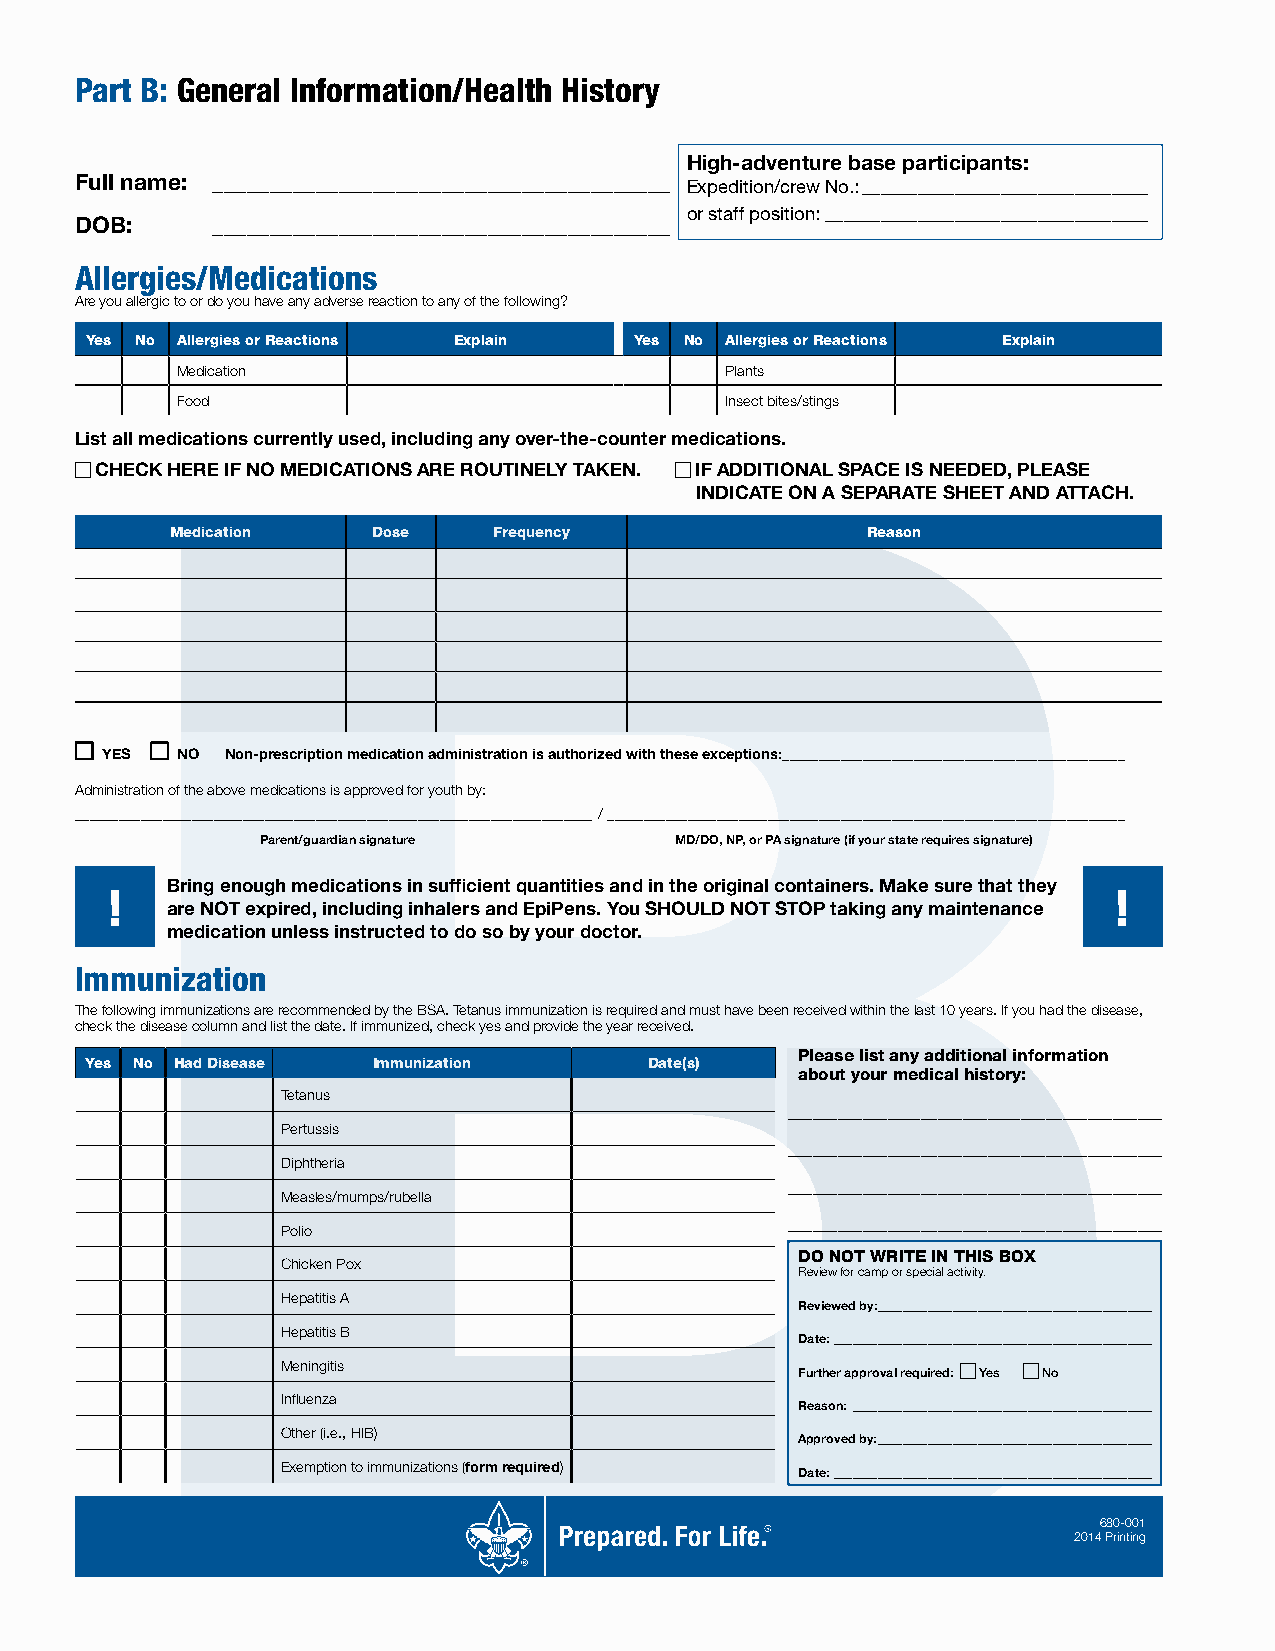
Part B: General Information/Health History
 High-adventure base participants:
 Full name: ________________________________________
 Expedition/crew No.: _______________________________
 or staff position: ___________________________________
 DOB:     ________________________________________
 Allergies/Medications
 Are you allergic to or do you have any adverse reaction to any of the following?
 Yes No Allergies or Reactions Explain Yes No Allergies or Reactions Explain
 Medication                          Plants
 Food                                Insect bites/stings
 List all medications currently used, including any over-the-counter medications.
 CHECK HERE IF NO MEDICATIONS ARE ROUTINELY TAKEN. IF ADDITIONAL SPACE IS NEEDED, PLEASE
 INDICATE ON A SEPARATE SHEET AND ATTACH.
 Medication    Dose    Frequency               Reason
 YES  NO Non-prescription medication administration is authorized with these exceptions:_______________________________________________
 Administration of the above medications is approved for youth by:
 _______________________________________________________________________/ _______________________________________________________________________
 Parent/guardian signature   MD/DO, NP, or PA signature (if your state requires signature)
 Bring enough medications in sufficient quantities and in the original containers. Make sure that they
 !                                                                  !
 are NOT expired, including inhalers and EpiPens. You SHOULD NOT STOP taking any maintenance
 medication unless instructed to do so by your doctor.
 Immunization
 The following immunizations are recommended by the BSA. Tetanus immunization is required and must have been received within the last 10 years. If you had the disease,
 check the disease column and list the date. If immunized, check yes and provide the year received.
 Please list any additional information
 Yes No Had Disease Immunization      Date(s)
 about your medical history:
 Tetanus
 _____________________________________________
 Pertussis
 _____________________________________________
 Diphtheria
 _____________________________________________
 Measles/mumps/rubella
 _____________________________________________
 Polio
 DO NOT WRITE IN THIS BOX
 Chicken Pox
 Review for camp or special activity.
 Hepatitis A
 Reviewed by: ____________________________________________
 Hepatitis B
 Date: ___________________________________________________
 Meningitis
 Further approval required: Yes No
 Influenza
 Reason: ________________________________________________
 Other (i.e., HIB)
 Approved by: ____________________________________________
 Exemption to immunizations (form required)
 Date: ___________________________________________________
 680-001
 2014 Printing